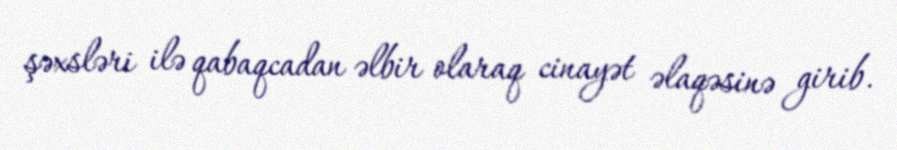
şəxsləri ilə qabaqcadan əlbir olaraq cinayət əlaqəsinə girib.